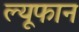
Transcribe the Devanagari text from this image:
ल्यूफान